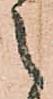
之